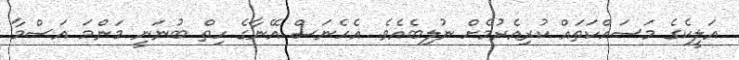
އަލީކެގެ މަސައްކަތައް ކުރިއެރުމެށް ނުލިބެއެވެ. އެހެނަސް އޭނާގެ ހިތް ބުނަނީ މަންމަ އަސްމާ